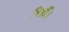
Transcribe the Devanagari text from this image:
भिड़ीं।